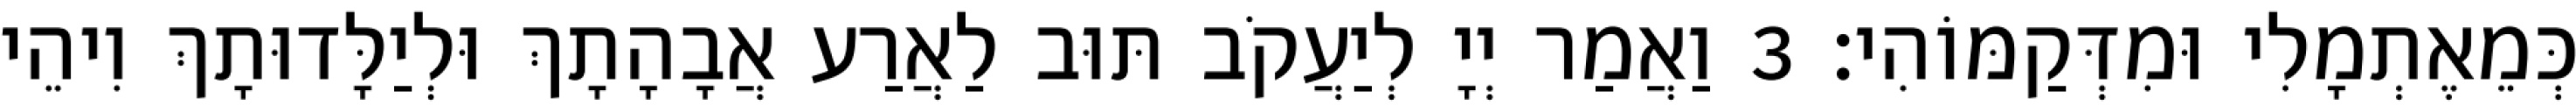
כְּמֵאֶתְמָלִי וּמִדְּקַמּוֹהִי׃ 3 וַאֲמַר יְיָ לְיַעֲקֹב תּוּב לַאֲרַע אֲבָהָתָךְ וּלְיַלָּדוּתָךְ וִיהֵי